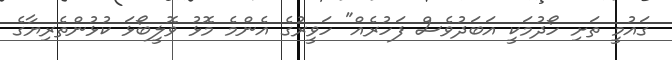
ގައުމީ ތަށި ހޯދުމަކީ އަބަދުވެސް ފަހުރެއް" ހަވީރުގެ އެންމެ މޮޅު ވޮލީބޯޅަ ކުޅުންތެރިޔާގެ